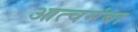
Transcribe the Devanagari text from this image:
आत्चमंबा